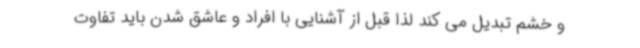
و خشم تبدیل می کند لذا قبل از آشنایی با افراد و عاشق شدن باید تفاوت